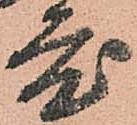
度